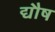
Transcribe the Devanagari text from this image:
द्यौष